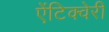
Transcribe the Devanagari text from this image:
ऐंटिक्वेरी